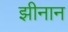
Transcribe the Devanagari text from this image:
झीनान